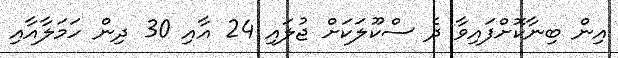
އިން ބިނާކޮށްފައިވާ ދެ ސްކޫލަކަށް ޖުލައި 24 އާއި 30 ދިން ހަމަލާއާއި